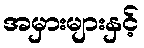
အမှားများနှင့်